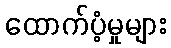
ထောက်ပံ့မှုများ